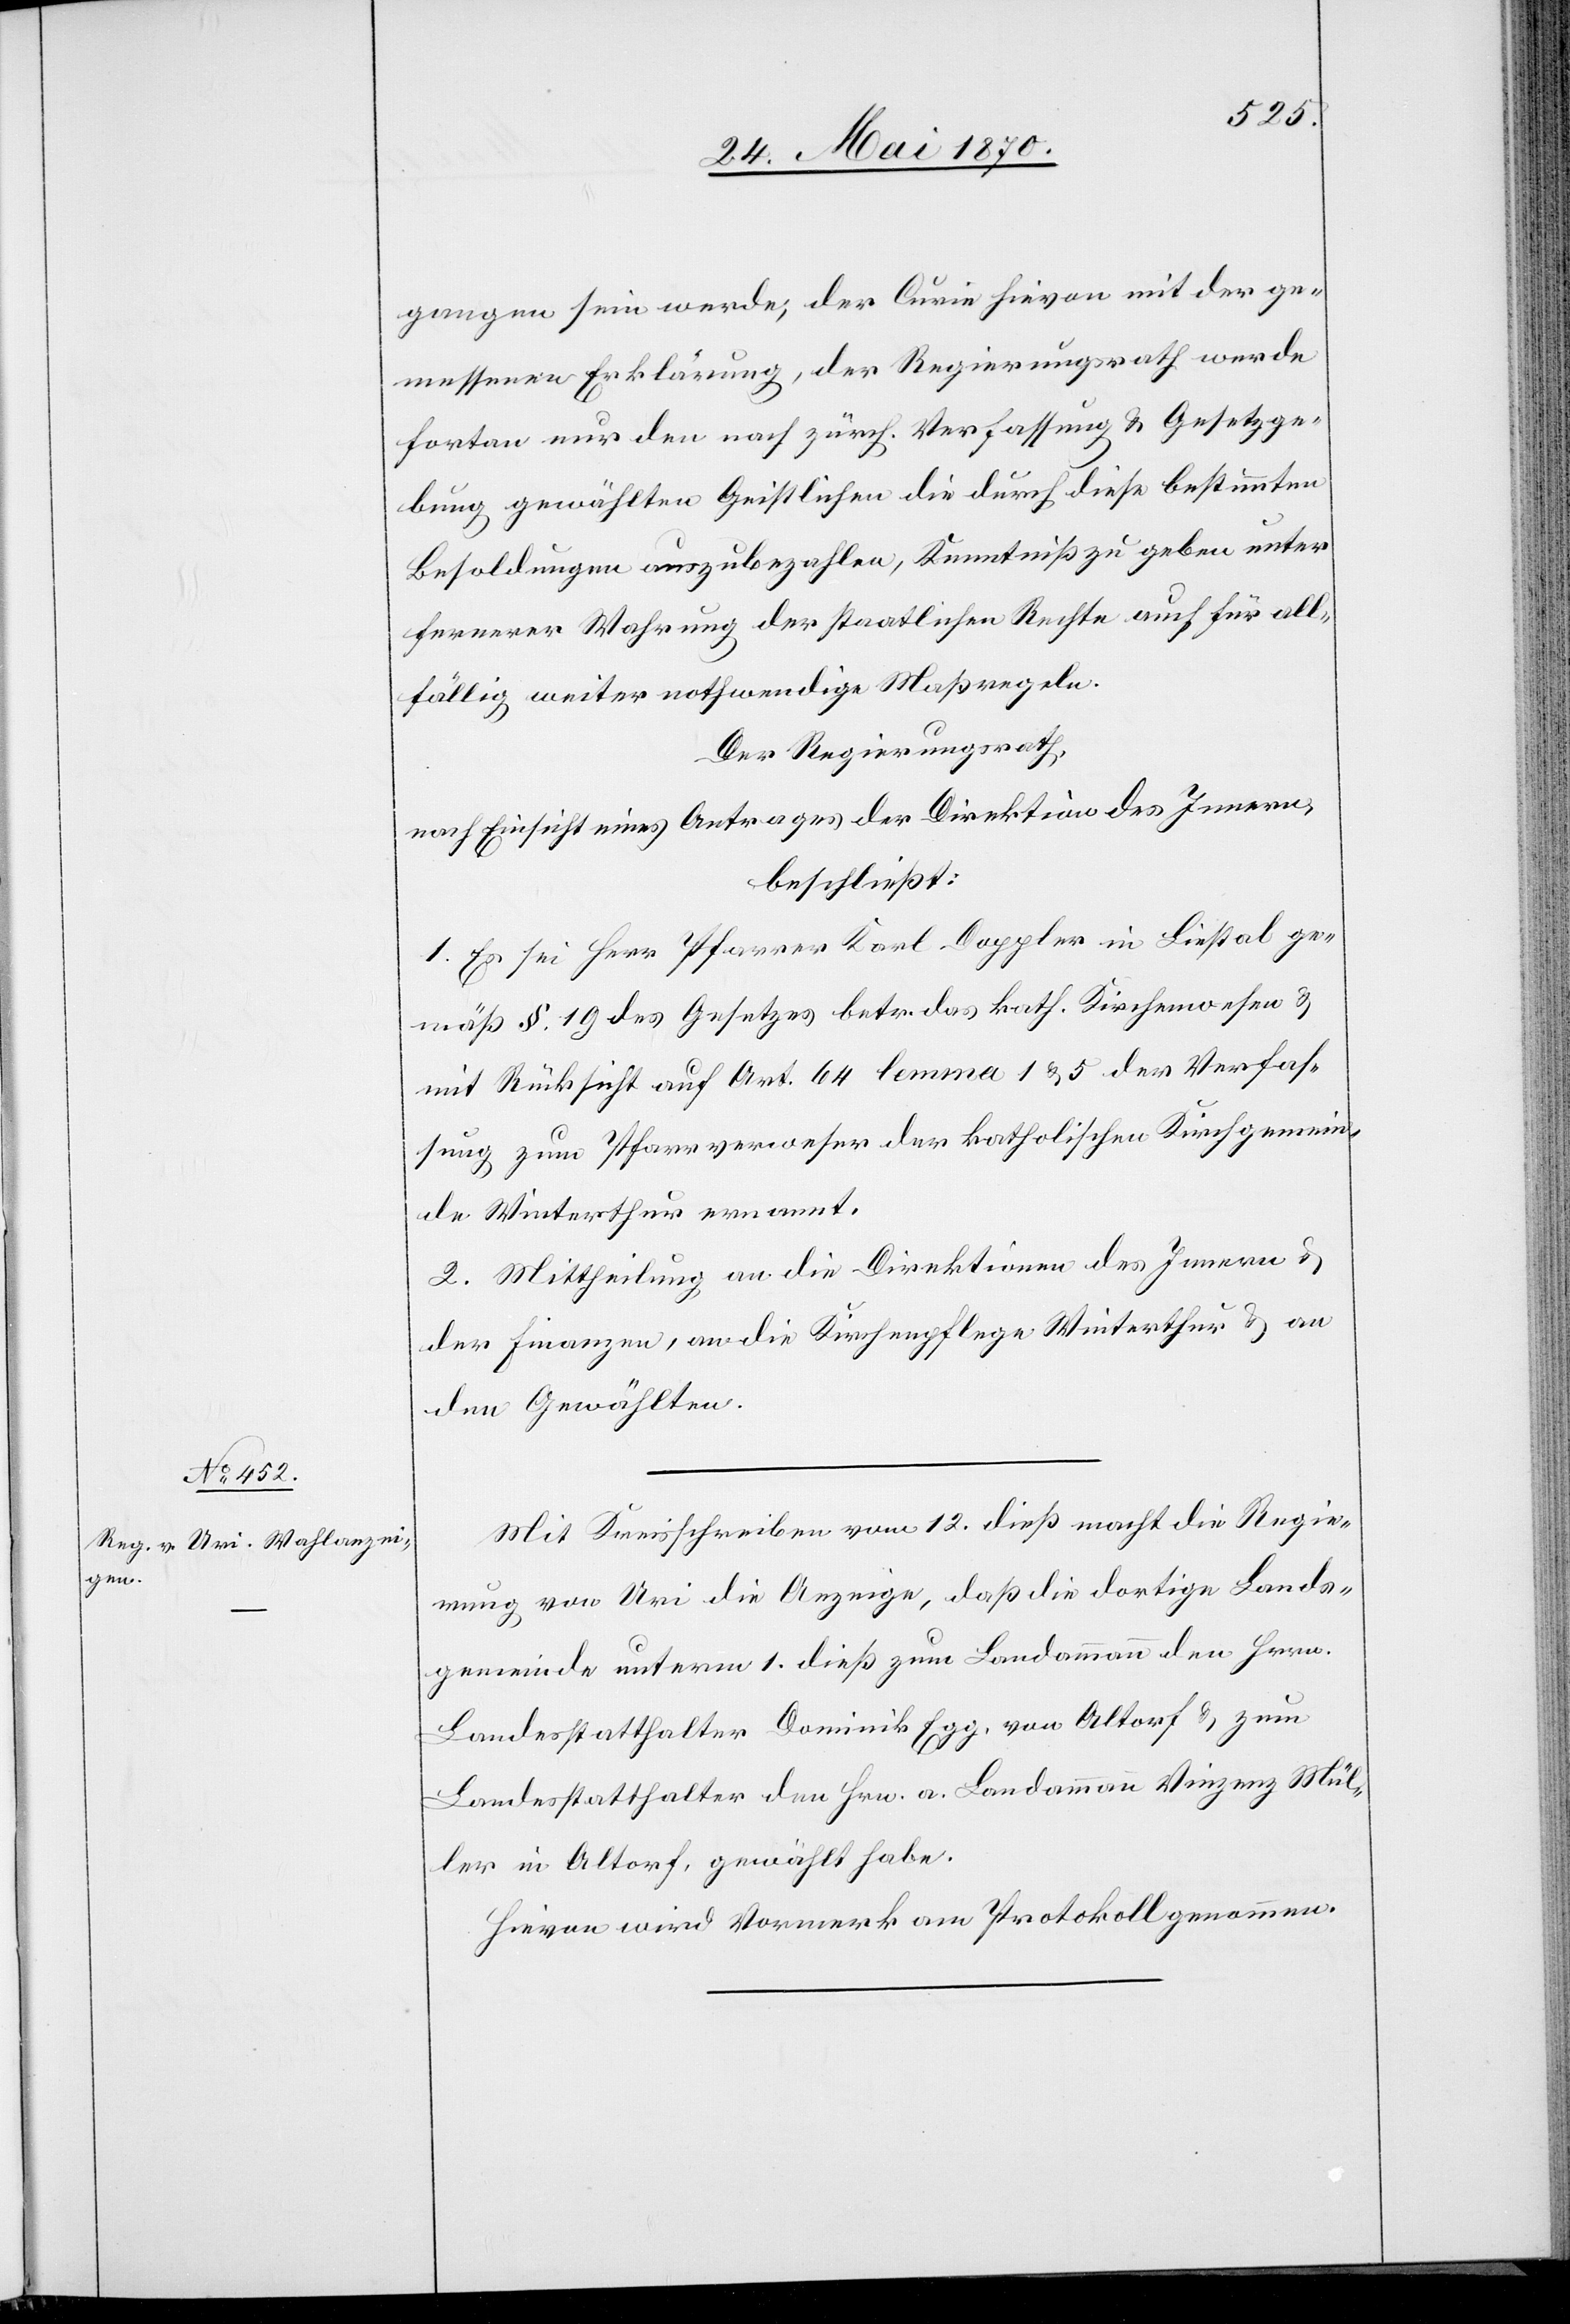
gangen sein werde, der Curie hievon mit der ge¬
messenen Erklärung, der Regierungsrath werde
fortan nur den nach zürch. Verfassung & Gesetzge¬
bung gewählten Christlichen die durch diese bestimmten
Besoldungen auszubezahlen, Kenntniß zu geben unter
fernerer Wahrung der staatlichen Rechte auch für all¬
fällig weiter nothwendige Maßregeln.
Der Regierungsrath,
nach Einsicht eines Antrages der Direktion des Innern,
beschließt:
1. Es sei Herr Pfarrer Karl Doppler in Liestal ge¬
mäß § 19 des Gesetzes betr. das kath. Kirchenwesen &
mit Rücksicht auf Art. 64 lemma 1 & 5 der Verfas¬
sung zum Pfarrverweser der katholischen Kirchgemein¬
de Winterthur ernannt.
2. Mittheilung an die Direktionen des Innern &
der Finanzen, an die Kirchenpflege Winterthur & an
den Gewählten.
Mit Kreisschreiben vom 12. dieß macht die Regie¬
rung von Uri die Anzeige, daß die dortige Lands¬
gemeinde unterm 1. dieß zum Landammann den Hrn.
Landesstatthalter Dominik Egg, von Altorf & zum
Landesstatthalter den Hrn. a. Landammann Vinzenz Mül¬
ler in Altorf, gewählt habe.
Hievon wird Vormerk am Protokoll genommen.